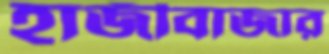
হাজীবাজার